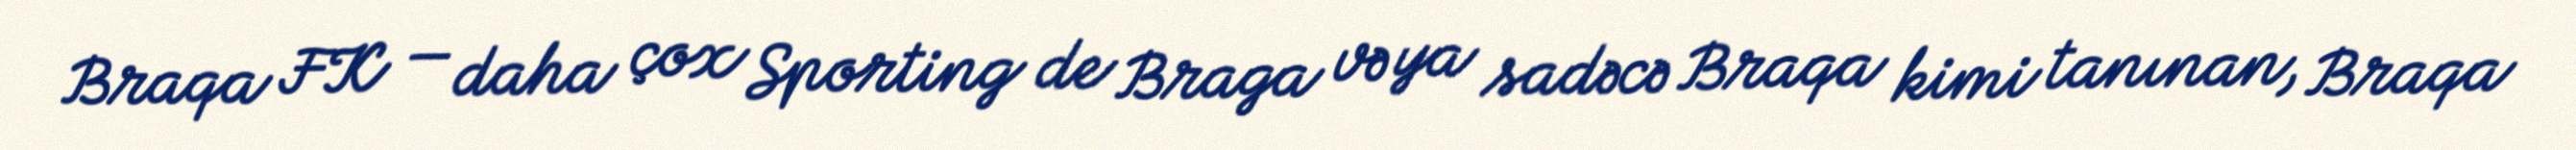
Braqa FK — daha çox Sporting de Braga və ya sadəcə Braqa kimi tanınan, Braqa